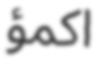
اكمؤ